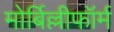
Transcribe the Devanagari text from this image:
मोर्बिल्लीफॉर्म